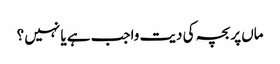
ماں پر بچہ کی دیت واجب ہے یا نہیں ؟